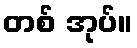
တစ် အုပ်။